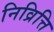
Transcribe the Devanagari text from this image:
निव्रित्ति